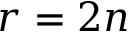
r = 2 n